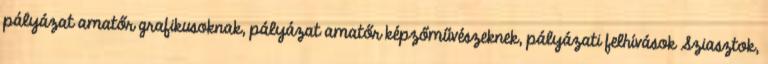
pályázat amatőr grafikusoknak, pályázat amatőr képzőművészeknek, pályázati felhívások Sziasztok,